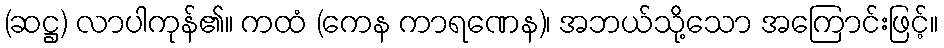
(ဆဋ္ဌ) လာပါကုန်၏။ ကထံ (ကေန ကာရဏေန)၊ အဘယ်သို့သော အကြောင်းဖြင့်။